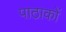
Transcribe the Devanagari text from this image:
पाठाकों